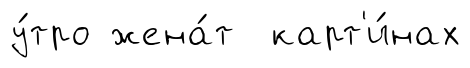
у́тро жена́т карт'и́нах